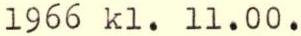
1966 kl. 11.00.